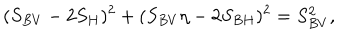
( S _ { B V } - 2 S _ { H } ) ^ { 2 } + ( S _ { B V } \eta - 2 S _ { B H } ) ^ { 2 } = S _ { B V } ^ { 2 } ,